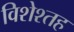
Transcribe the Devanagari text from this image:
विशेश्तह